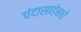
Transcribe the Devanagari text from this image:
चंदासाहेबाचे